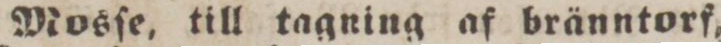
Mosſe, till tagning af bränntorf,